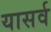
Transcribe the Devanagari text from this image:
यासर्व